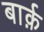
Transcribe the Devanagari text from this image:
बार्क़